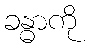
ခန္ဓာကို